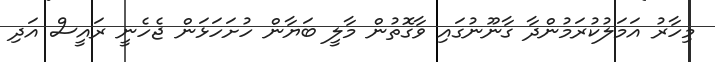
މިހާރު އަމަލުކުރަމުންދާ ގާނޫނުގައި ވާގޮތުން މާލީ ބަޔާން ހުށަހަޅަން ޖެހެނީ ރައީސް އަދި